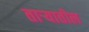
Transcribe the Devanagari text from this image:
तार्‍यातील